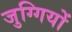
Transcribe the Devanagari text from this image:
जुग्गियों